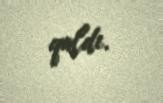
qaldı.